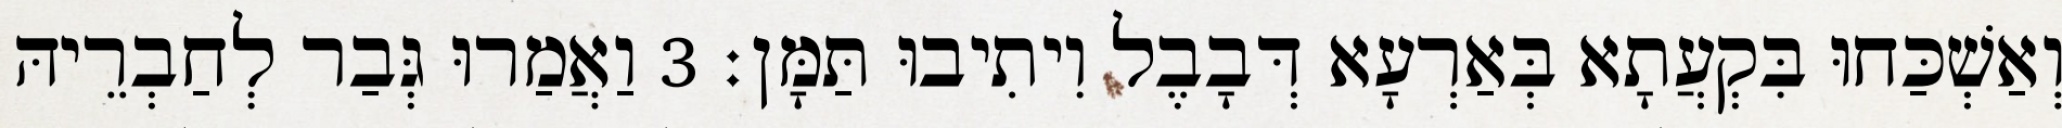
וְאַשְׁכַּחוּ בִּקְעֲתָא בְּאַרְעָא דְּבָבֶל וִיתִיבוּ תַּמָּן׃ 3 וַאֲמַרוּ גְּבַר לְחַבְרֵיהּ